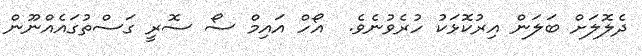
ދެލޮލަށް ބަލަން އިރުކޮޅަކު ހުރެވުނެވެ.  އޯހް އައިމް ސޯ ސޮރީ ގަސްތުގައެއްނޫން